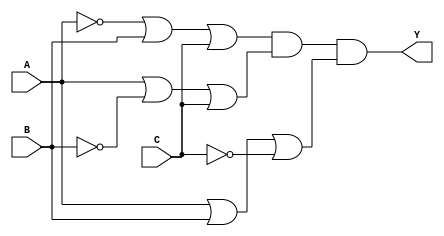
module pos_logic (
    input wire A,
    input wire B,
    input wire C,
    output wire Y
);

// Define intermediate signals for sum terms
wire sum_term1;
wire sum_term2;
wire sum_term3;

// Sum term for the case where (A = 0, B = 1, C = 1)
assign sum_term1 = (~A | B | C);

// Sum term for the case where (A = 1, B = 0, C = 1)
assign sum_term2 = (A | ~B | C);

// Sum term for the case where (A = 1, B = 1, C = 0)
assign sum_term3 = (A | B | ~C);

// Final output Y is the AND of all sum terms
assign Y = sum_term1 & sum_term2 & sum_term3;

endmodule